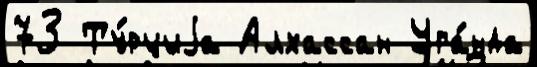
73 Ту́рциjа Алхассан Уга́нда